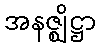
အနဇ္ဈိဋ္ဌာ